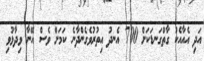
އަދި އެއާއެކު ގާތްގަނޑަކަށް 700 އެނދު އިތުރުވެގެންދާނެ ކަމަށް ވެސް އޭނާ ވިދާޅުވި